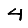
Digit: 4